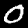
Label: 0